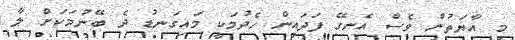
މި އާޔަތުން ވެސް އެނގޭ ފަދައިން ހެދުމަކީ މައިގަނޑު ދެ ބޭނުމަކަށް ލާ